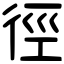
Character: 徑